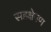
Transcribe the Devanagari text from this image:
सहक्षेपण